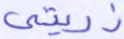
ذريتي